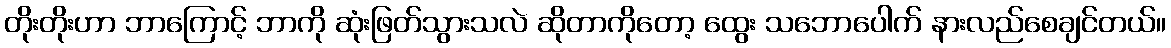
တိုးတိုးဟာ ဘာကြောင့် ဘာကို ဆုံးဖြတ်သွားသလဲ ဆိုတာကိုတော့ ထွေး သဘောပေါက် နားလည်စေချင်တယ်။